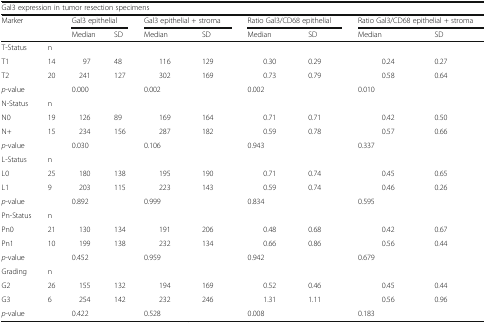
<table><thead><tr><td colspan="10"><b>Gal3 expression in tumor resection specimens</b></td></tr><tr><td rowspan="2"><b>Marker</b></td><td rowspan="2"></td><td colspan="2"><b>Gal3 epithelial</b></td><td colspan="2"><b>Gal3 epithelial + stroma</b></td><td colspan="2"><b>Ratio Gal3/CD68 epithelial</b></td><td colspan="2"><b>Ratio Gal3/CD68 epithelial + stroma</b></td></tr><tr><td><b>Median</b></td><td><b>SD</b></td><td><b>Median</b></td><td><b>SD</b></td><td><b>Median</b></td><td><b>SD</b></td><td><b>Median</b></td><td><b>SD</b></td></tr></thead><tbody><tr><td>T-Status</td><td>n</td><td></td><td></td><td></td><td></td><td></td><td></td><td></td><td></td></tr><tr><td>T1</td><td>14</td><td>97</td><td>48</td><td>116</td><td>129</td><td>0.30</td><td>0.29</td><td>0.24</td><td>0.27</td></tr><tr><td>T2</td><td>20</td><td>241</td><td>127</td><td>302</td><td>169</td><td>0.73</td><td>0.79</td><td>0.58</td><td>0.64</td></tr><tr><td colspan="2"><i>p</i>-value</td><td colspan="2">0.000</td><td colspan="2">0.002</td><td colspan="2">0.002</td><td colspan="2">0.010</td></tr><tr><td>N-Status</td><td>n</td><td></td><td></td><td></td><td></td><td></td><td></td><td></td><td></td></tr><tr><td>N0</td><td>19</td><td>126</td><td>89</td><td>169</td><td>164</td><td>0.71</td><td>0.71</td><td>0.42</td><td>0.50</td></tr><tr><td>N+</td><td>15</td><td>234</td><td>156</td><td>287</td><td>182</td><td>0.59</td><td>0.78</td><td>0.57</td><td>0.66</td></tr><tr><td colspan="2"><i>p</i>-value</td><td colspan="2">0.030</td><td colspan="2">0.106</td><td colspan="2">0.943</td><td colspan="2">0.337</td></tr><tr><td>L-Status</td><td>n</td><td></td><td></td><td></td><td></td><td></td><td></td><td></td><td></td></tr><tr><td>L0</td><td>25</td><td>180</td><td>138</td><td>195</td><td>190</td><td>0.71</td><td>0.74</td><td>0.45</td><td>0.65</td></tr><tr><td>L1</td><td>9</td><td>203</td><td>115</td><td>223</td><td>143</td><td>0.59</td><td>0.74</td><td>0.46</td><td>0.26</td></tr><tr><td colspan="2"><i>p</i>-value</td><td colspan="2">0.892</td><td colspan="2">0.999</td><td colspan="2">0.834</td><td colspan="2">0.595</td></tr><tr><td>Pn-Status</td><td>n</td><td></td><td></td><td></td><td></td><td></td><td></td><td></td><td></td></tr><tr><td>Pn0</td><td>21</td><td>130</td><td>134</td><td>191</td><td>206</td><td>0.48</td><td>0.68</td><td>0.42</td><td>0.67</td></tr><tr><td>Pn1</td><td>10</td><td>199</td><td>138</td><td>232</td><td>134</td><td>0.66</td><td>0.86</td><td>0.56</td><td>0.44</td></tr><tr><td colspan="2"><i>p</i>-value</td><td colspan="2">0.452</td><td colspan="2">0.959</td><td colspan="2">0.942</td><td colspan="2">0.679</td></tr><tr><td>Grading</td><td>n</td><td></td><td></td><td></td><td></td><td></td><td></td><td></td><td></td></tr><tr><td>G2</td><td>26</td><td>155</td><td>132</td><td>194</td><td>169</td><td>0.52</td><td>0.46</td><td>0.45</td><td>0.44</td></tr><tr><td>G3</td><td>6</td><td>254</td><td>142</td><td>232</td><td>246</td><td>1.31</td><td>1.11</td><td>0.56</td><td>0.96</td></tr><tr><td colspan="2"><i>p</i>-value</td><td colspan="2">0.422</td><td colspan="2">0.528</td><td colspan="2">0.008</td><td colspan="2">0.183</td></tr></tbody></table>